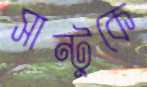
সান্টুকে